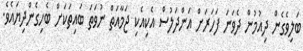
ބަލިވެގެން ދިއުމުން ދެވަނަ ފަހަރަށް އަންދަލުސް އެކިއެކި ޖަމާއަތް ނުވަތަ ބައިތަކަށް ބެހިގެންދިޔައެވެ.